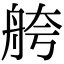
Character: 舿